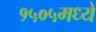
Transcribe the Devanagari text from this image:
१५०५मध्ये